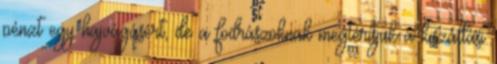
pénzt egy hajvágásért, de a fodrászoknak megtérítjük a kiszállási